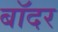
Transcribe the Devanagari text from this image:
बॉदर